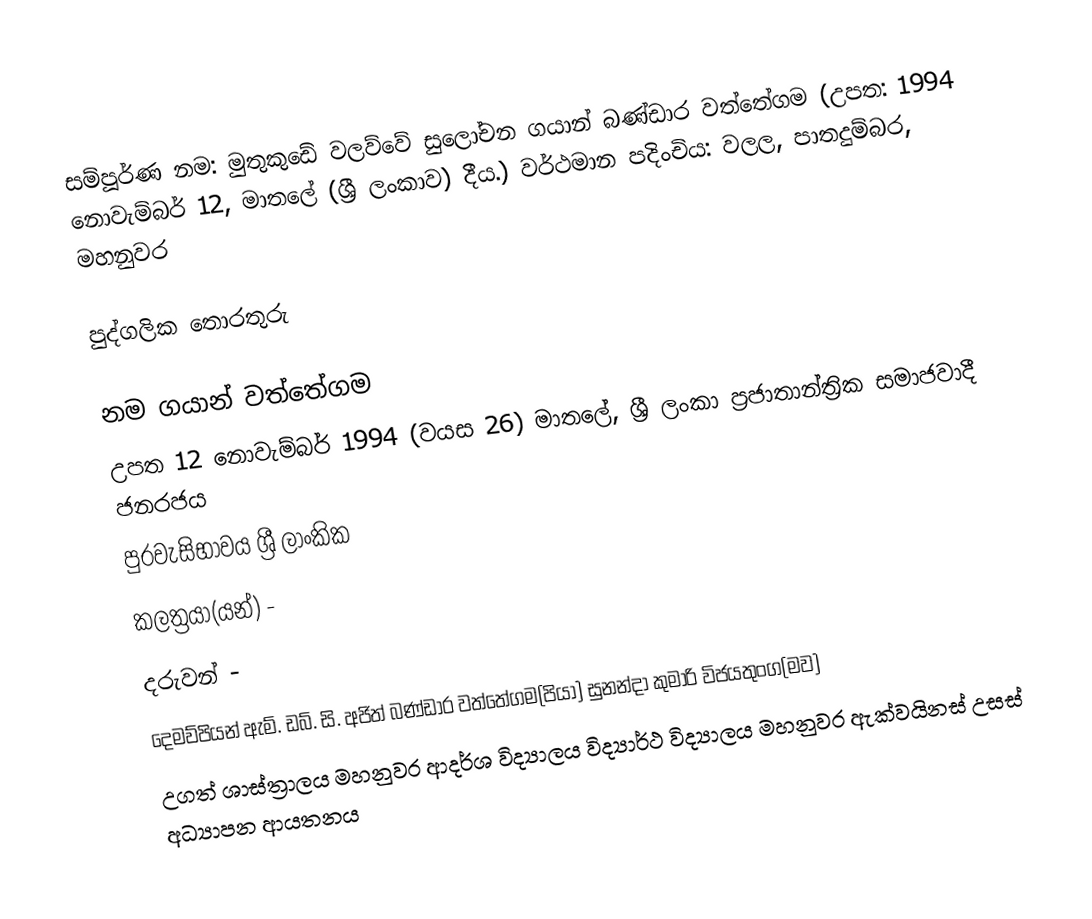
සම්පූර්ණ නම: මුතුකුඩේ වලව්වේ සුලෝචන ගයාන් බණ්ඩාර වත්තේගම (උපත: 1994 නොවැම්බර් 12, මාතලේ (ශ්‍රී ලංකාව) දීය.) ව‍ර්ථමාන පදිංචිය: වලල, පාතදුම්බර, මහනුවර

පුද්ගලික තොරතුරු

 නම                        ගයාන් වත්තේගම
 උපත                      12 නොවැම්බර් 1994 (වයස 26) මාතලේ, ශ්‍රී ලංකා ප්‍රජාතාන්ත්‍රික සමාජවාදී ජනරජය
 පුරවැසිභාවය            ශ්‍රී ලාංකික
 කලත්‍රයා(යන්)                     -
 දරුවන්                               -
 දෙමව්පියන්             ඇම්. ඩබ්. සි. අජිත් බණ්ඩාර වත්තේගම(පියා)    සුනන්දා කුමාරි විජයතුංග(මව)
 උගත් ශාස්ත්‍රාලය      මහනුවර ආදර්ශ විද්‍යාලය   විද්‍යාර්ථ විද්‍යාලය මහනුවර  ඇක්වයිනස් උසස් අධ්‍යාපන ආයතනය